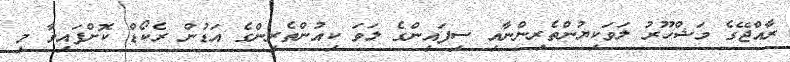
ރާއްޖޭގެ މަޝްހޫރު ލަވަކިޔުންތެރިންނާއި ސިފައިންގެ ލަވަ ކިއުންތެރިންގެ އަޑުން ރެކޯޑް ކޮށްފައިވާ މި